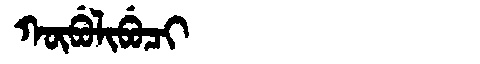
Manchu: ᡴᡡᠪᡠᠯᡳᠪᡠᠴᡳ
Romanization: KŪBULIBUCI